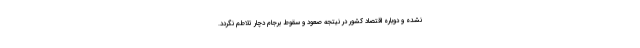
نشده و دوباره اقتصاد كشور در نيتجه صعود و سقوط برجام دچار تلاطم نگردد.